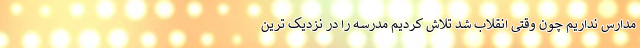
مدارس نداریم چون وقتی انقلاب شد تلاش کردیم مدرسه را در نزدیک ترین